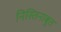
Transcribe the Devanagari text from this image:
निस्तिनाबुत